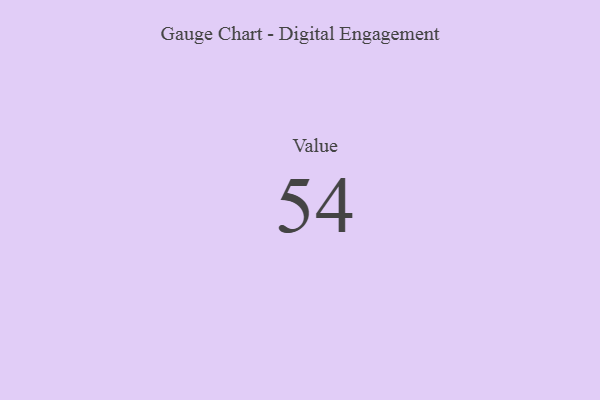
{"axis": {"x": "Metric", "y": "Value"}, "legend": [""], "data": [{"x": "Value", "y": 54, "type": ""}]}